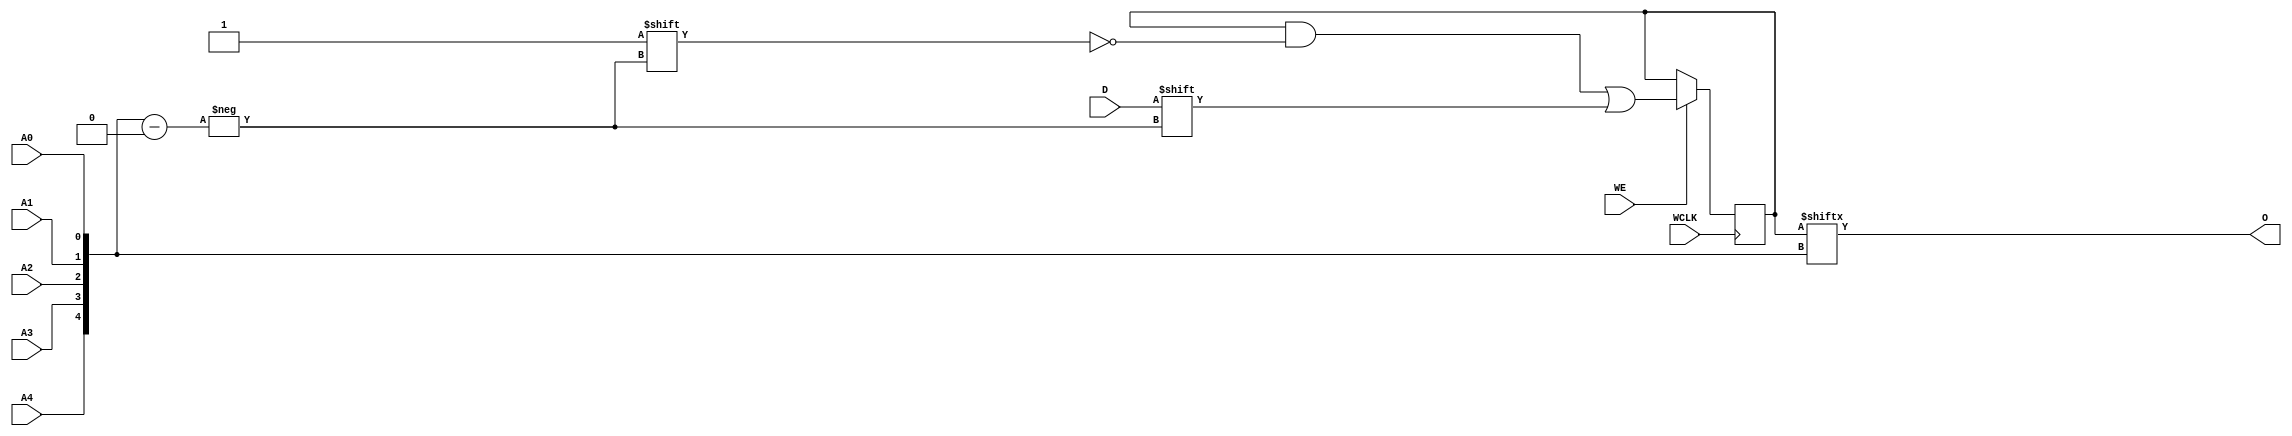
module RAM32X1S_1 (O, A0, A1, A2, A3, A4, D, WCLK, WE);

    parameter INIT = 32'h00000000;

    output O;

    input  A0, A1, A2, A3, A4, D, WCLK, WE;

    reg  [31:0] mem;
    wire [4:0] adr;

    assign adr = {A4, A3, A2, A1, A0};
    assign O = mem[adr];

    initial
        mem = INIT;

    always @(negedge WCLK)
        if (WE == 1'b1)
            mem[adr] <= #100 D;

endmodule